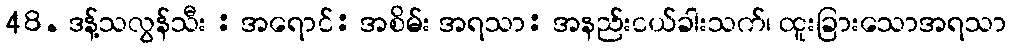
48. ဒန့်သလွန်သီး : အရောင်: အစိမ်း အရသာ: အနည်းငယ်ခါးသက်၊ ထူးခြားသောအရသာ